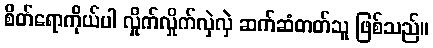
စိတ်ရောကိုယ်ပါ လှိုက်လှိုက်လှဲလှဲ ဆက်ဆံတတ်သူ ဖြစ်သည်။